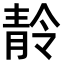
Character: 𩇙